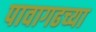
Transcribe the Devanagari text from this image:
पावागढच्या